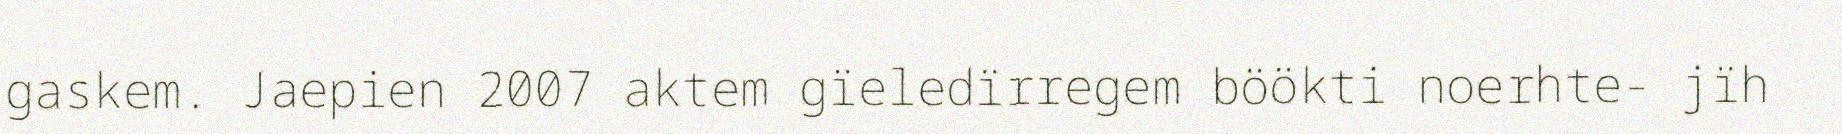
gaskem. Jaepien 2007 aktem gïeledïrregem böökti noerhte- jïh